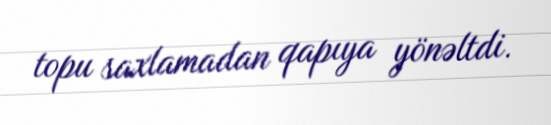
topu saxlamadan qapıya yönəltdi.